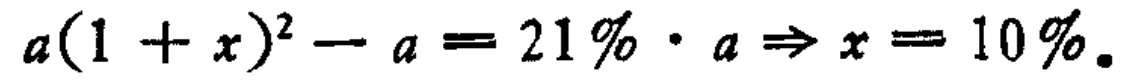
\(a(1 + x)^{2}-a = 21\% \cdot a\Rightarrow x = 10\%\)